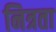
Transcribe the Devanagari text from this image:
नित्रता